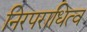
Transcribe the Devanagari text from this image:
निरपराधित्व